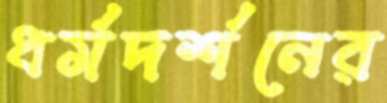
ধর্মদর্শনের